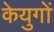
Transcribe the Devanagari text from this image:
केयुगों